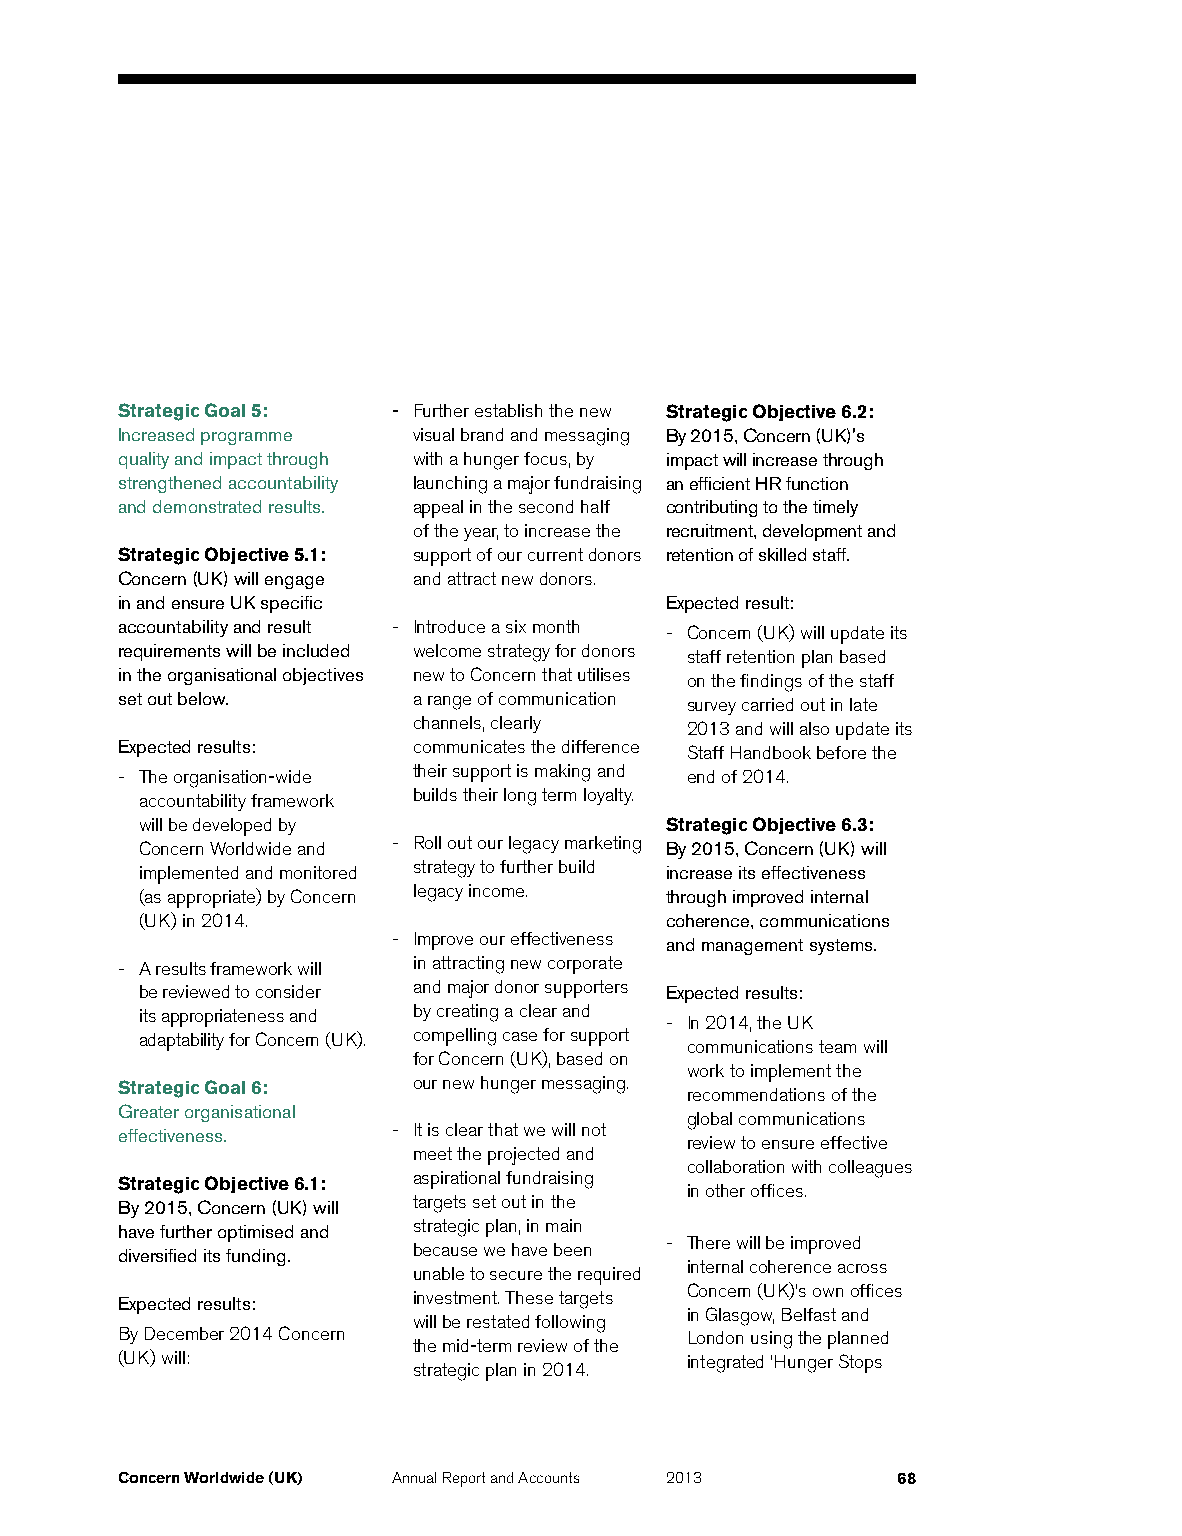
Strategic Goal 5: - Further establish the new Strategic Objective 6.2:
 Increased programme visual brand and messaging By 2015, Concern (UK)'s
 quality and impact through with a hunger focus, by impact will increase through
 strengthened accountability launching a major fundraising an efficient HR function
 and demonstrated results. appeal in the second half contributing to the timely
 of the year, to increase the recruitment, development and
 Strategic Objective 5.1: support of our current donors retention of skilled staff.
 Concern (UK) will engage and attract new donors.
 in and ensure UK specific           Expected result:
 accountability and result - Introduce a six month - Concern (UK) will update its
 requirements will be included welcome strategy for donors staff retention plan based
 in the organisational objectives new to Concern that utilises on the findings of the staff
 set out below.     a range of communication survey carried out in late
 channels, clearly 2013 and will also update its
 Expected results:  communicates the difference Staff Handbook before the
 - The organisation-wide their support is making and end of 2014.
 accountability framework builds their long term loyalty.
 will be developed by               Strategic Objective 6.3:
 Concern Worldwide and - Roll out our legacy marketing By 2015, Concern (UK) will
 implemented and monitored strategy to further build increase its effectiveness
 (as appropriate) by Concern legacy income. through improved internal
 (UK) in 2014.                      coherence, communications
 - Improve our effectiveness and management systems.
 - A results framework will in attracting new corporate
 be reviewed to consider and major donor supporters Expected results:
 its appropriateness and by creating a clear and - In 2014, the UK
 adaptability for Concern (UK). compelling case for support communications team will
 for Concern (UK), based on
 work to implement the
 Strategic Goal 6:  our new hunger messaging.
 recommendations of the
 Greater organisational
 global communications
 effectiveness.    - It is clear that we will not
 review to ensure effective
 meet the projected and
 collaboration with colleagues
 Strategic Objective 6.1: aspirational fundraising
 in other offices.
 By 2015, Concern (UK) will targets set out in the
 have further optimised and strategic plan, in main
 - There will be improved
 diversified its funding. because we have been
 internal coherence across
 unable to secure the required
 Concern (UK)’s own offices
 Expected results:  investment. These targets
 in Glasgow, Belfast and
 will be restated following
 By December 2014 Concern             London using the planned
 the mid-term review of the
 (UK) will:                           integrated ‘Hunger Stops
 strategic plan in 2014.
 Concern Worldwide (UK) Annual Report and Accounts 2013 68